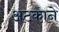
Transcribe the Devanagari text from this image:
अटकाने